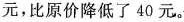
元，比原价降低了4 0元。